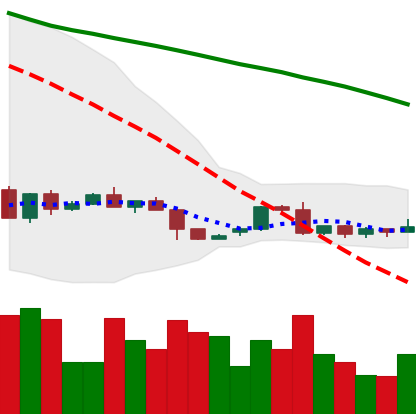
Ticker: LTC-USD
Chart end date: 2022-06-06
Forward return: -18.823%
Label: down_7plus